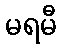
မရမီ